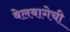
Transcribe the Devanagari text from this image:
बेलबागेची